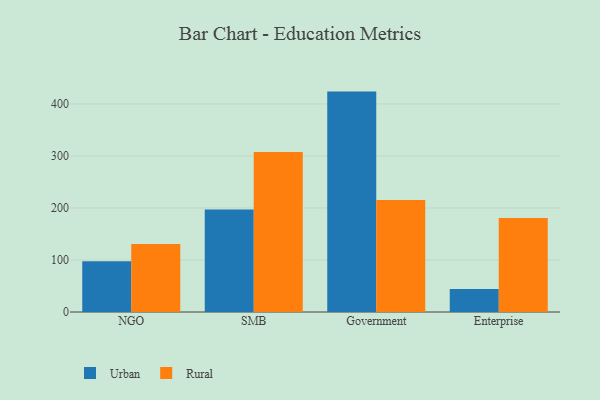
{"axis": {"x": "Segment", "y": "Humidity (%)"}, "legend": ["Rural", "Urban"], "data": [{"x": "NGO", "y": 97.8, "type": "Urban"}, {"x": "NGO", "y": 130.9, "type": "Rural"}, {"x": "SMB", "y": 197.0, "type": "Urban"}, {"x": "SMB", "y": 307.7, "type": "Rural"}, {"x": "Government", "y": 423.8, "type": "Urban"}, {"x": "Government", "y": 215.6, "type": "Rural"}, {"x": "Enterprise", "y": 44.0, "type": "Urban"}, {"x": "Enterprise", "y": 180.7, "type": "Rural"}]}